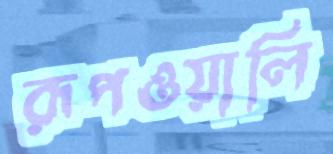
রূপওয়ালি